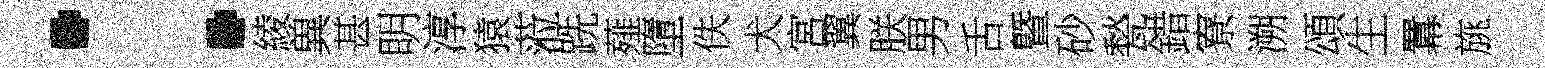
：綾兾甚眀淳猿蒞跣薤墮佚犬宮翼朕男舌曁砂甃錯寮溯頌生羃旐